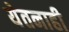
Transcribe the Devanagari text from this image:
येतनाही